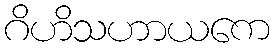
ဂိဟိသဟာယကေ